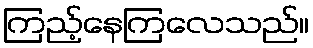
ကြည့်နေကြလေသည်။